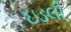
ઇડલી